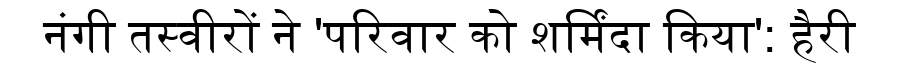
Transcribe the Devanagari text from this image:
नंगी तस्वीरों ने 'परिवार को शर्मिंदा किया': हैरी